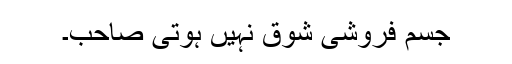
جسم فروشی شوق نہیں ہوتی صاحب۔